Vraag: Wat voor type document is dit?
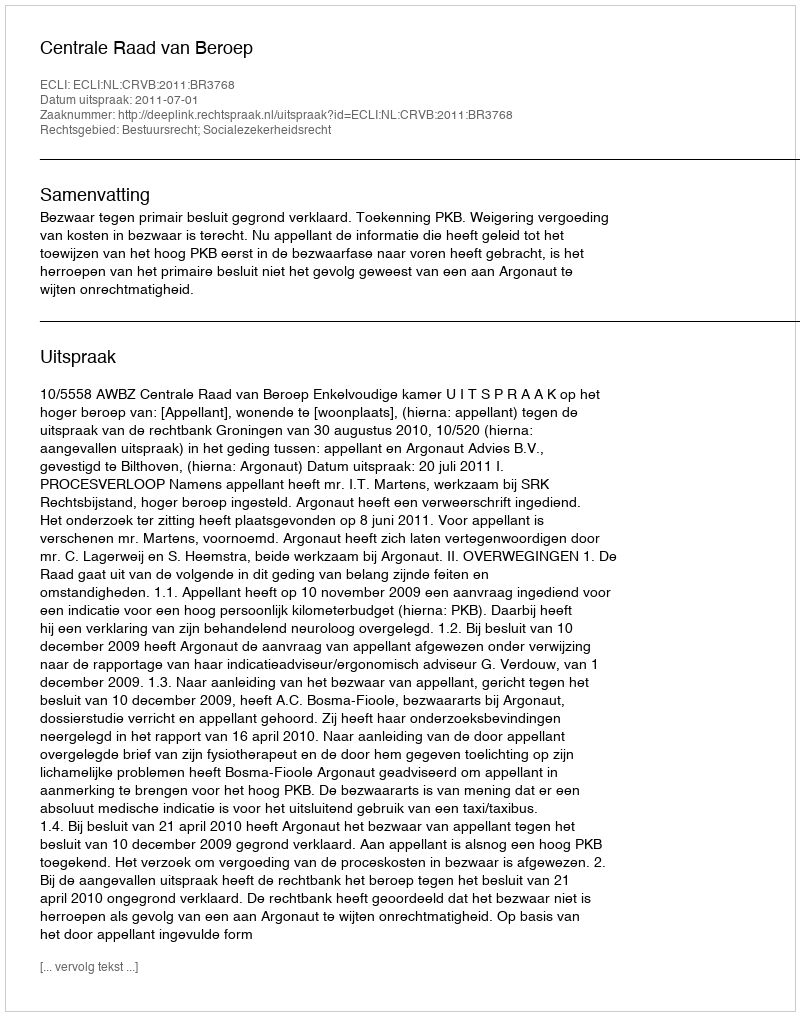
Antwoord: Uitspraak